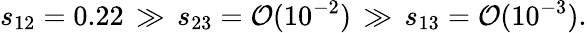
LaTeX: s_{12}=0.22\, \gg\, s_{23}={\cal O}(10^{-2})\, \gg\, s_{13}={\cal O}(10^{-3}).